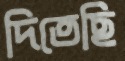
দিতেছি